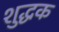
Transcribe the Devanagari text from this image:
शुद्धक